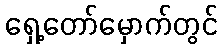
ရှေ့တော်မှောက်တွင်